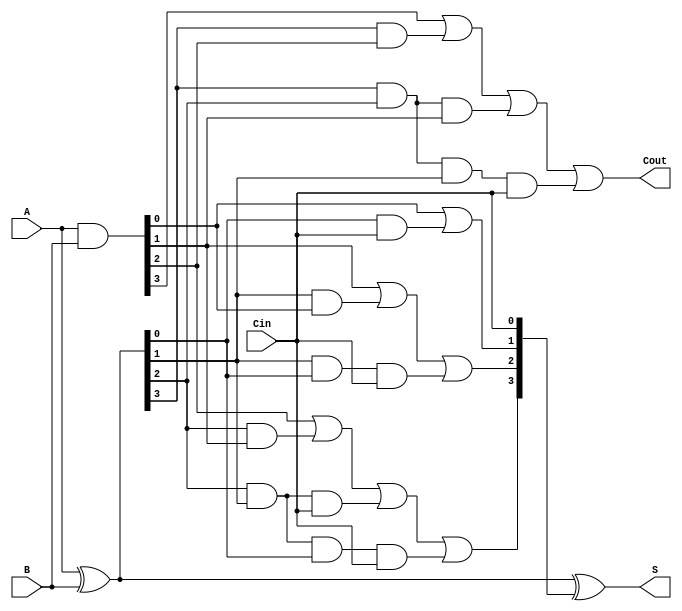
module CarryLookaheadAdder (
    input [3:0] A,        // 4-bit input A
    input [3:0] B,        // 4-bit input B
    input Cin,            // Carry-in
    output [3:0] S,       // 4-bit sum output
    output Cout           // Carry-out
);

    // Generate and Propagate signals
    wire [3:0] G;         // Generate signals
    wire [3:0] P;         // Propagate signals
    wire [4:0] C;         // Carry signals (C[0] is Cin)

    // Generate and Propagate calculations
    assign G = A & B;     // Generate: Gi = A[i] & B[i]
    assign P = A ^ B;     // Propagate: Pi = A[i] ^ B[i]

    // Carry signal calculations
    assign C[0] = Cin;    // C[0] = Cin
    assign C[1] = G[0] | (P[0] & C[0]); // C[1] = G[0] + (P[0] & C[0])
    assign C[2] = G[1] | (P[1] & G[0]) | (P[1] & P[0] & C[0]); // C[2]
    assign C[3] = G[2] | (P[2] & G[1]) | (P[2] & P[1] & C[0]) | (P[2] & P[1] & P[0] & C[0]); // C[3]
    assign C[4] = G[3] | (P[3] & G[2]) | (P[3] & P[2] & G[1]) | (P[3] & P[2] & P[1] & C[0]); // Cout

    // Sum calculation
    assign S = P ^ C[3:0]; // S[i] = P[i] ^ C[i]

    // Carry-out output
    assign Cout = C[4];    // Cout = C[4]

endmodule